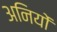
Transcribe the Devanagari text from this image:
अनियों